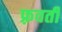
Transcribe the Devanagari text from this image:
फ़्रवर्ती